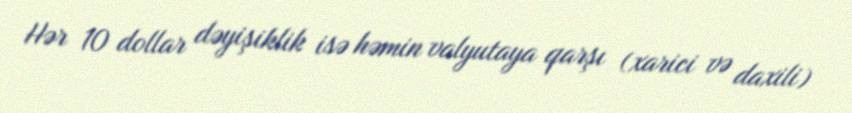
Hər 10 dollar dəyişiklik isə həmin valyutaya qarşı (xarici və daxili)